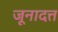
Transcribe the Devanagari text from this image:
जूनादत्त